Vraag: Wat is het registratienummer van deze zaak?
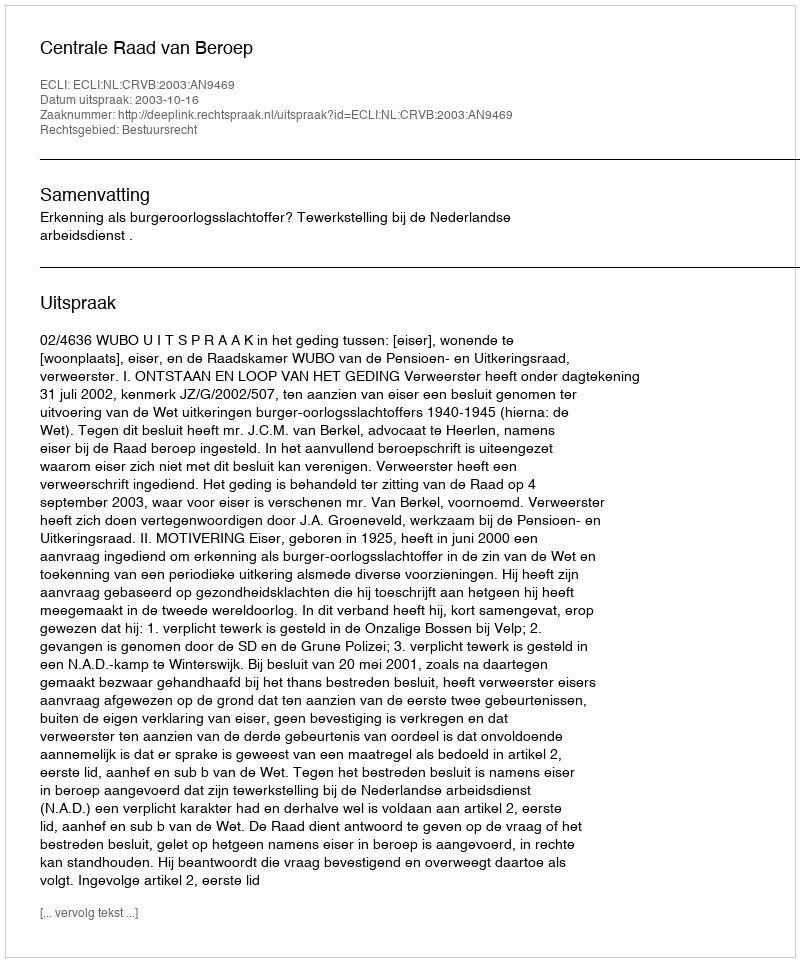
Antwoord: http://deeplink.rechtspraak.nl/uitspraak?id=ECLI:NL:CRVB:2003:AN9469